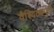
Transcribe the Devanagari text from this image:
वैश्यिठ्यपुर्ण